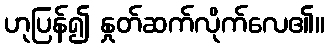
ဟုပြန်၍ နှုတ်ဆက်လိုက်လေ၏။